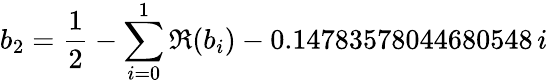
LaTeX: b_{2}=\frac{1}{2}-\sum_{i=0}^{1}\Re(b_{i})-0.14783578044680548\, i